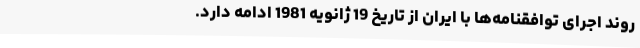
روند اجرای توافقنامه‌ها با ایران از تاریخ 19 ژانویه 1981 ادامه دارد.